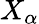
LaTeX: X_{\alpha}